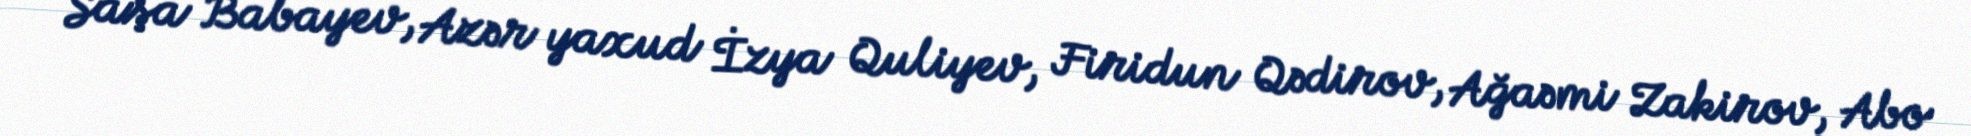
Saşa Babayev, Azər yaxud İzya Quliyev, Firidun Qədirov, Ağaəmi Zakirov, Abo